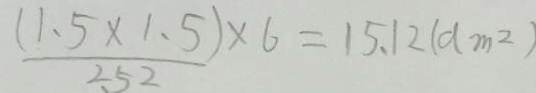
\frac { ( 1 . 5 \times 1 . 5 ) \times 6 } { 2 5 2 } = 1 5 . 1 2 ( d m ^ { 2 } )